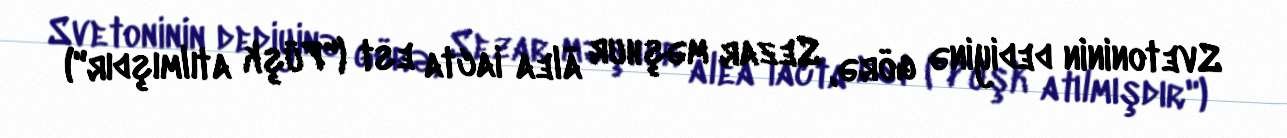
Svetoninin dediyinə görə, Sezar məşhur ālea iacta est ("Püşk atılmışdır")